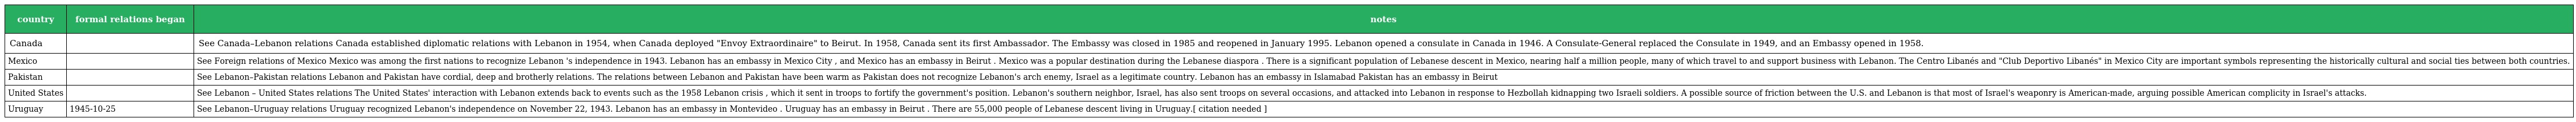
| country | formal relations began | notes |
 | --- | --- | --- |
 | Canada |  | See Canada–Lebanon relations Canada established diplomatic relations with Lebanon in 1954, when Canada deployed "Envoy Extraordinaire" to Beirut. In 1958, Canada sent its first Ambassador. The Embassy was closed in 1985 and reopened in January 1995. Lebanon opened a consulate in Canada in 1946. A Consulate-General replaced the Consulate in 1949, and an Embassy opened in 1958. |
 | Mexico |  | See Foreign relations of Mexico Mexico was among the first nations to recognize Lebanon 's independence in 1943. Lebanon has an embassy in Mexico City , and Mexico has an embassy in Beirut . Mexico was a popular destination during the Lebanese diaspora . There is a significant population of Lebanese descent in Mexico, nearing half a million people, many of which travel to and support business with Lebanon. The Centro Libanés and "Club Deportivo Libanés" in Mexico City are important symbols representing the historically cultural and social ties between both countries. |
 | Pakistan |  | See Lebanon–Pakistan relations Lebanon and Pakistan have cordial, deep and brotherly relations. The relations between Lebanon and Pakistan have been warm as Pakistan does not recognize Lebanon's arch enemy, Israel as a legitimate country. Lebanon has an embassy in Islamabad Pakistan has an embassy in Beirut |
 | United States |  | See Lebanon – United States relations The United States' interaction with Lebanon extends back to events such as the 1958 Lebanon crisis , which it sent in troops to fortify the government's position. Lebanon's southern neighbor, Israel, has also sent troops on several occasions, and attacked into Lebanon in response to Hezbollah kidnapping two Israeli soldiers. A possible source of friction between the U.S. and Lebanon is that most of Israel's weaponry is American-made, arguing possible American complicity in Israel's attacks. |
 | Uruguay | 1945-10-25 | See Lebanon–Uruguay relations Uruguay recognized Lebanon's independence on November 22, 1943. Lebanon has an embassy in Montevideo . Uruguay has an embassy in Beirut . There are 55,000 people of Lebanese descent living in Uruguay.[ citation needed ] |